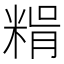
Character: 𥺳